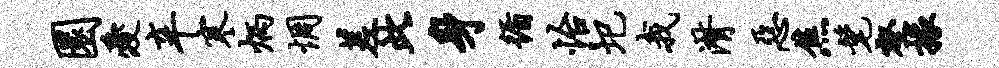
圜爱辛寒炳惆差此身循怡圯我潸恶焦髦壑掾